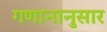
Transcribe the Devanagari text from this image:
गणानानुसार